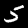
Label: 5